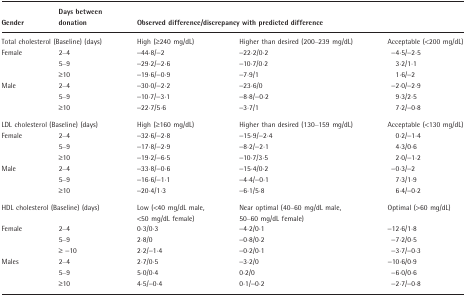
<table><thead><tr><td><b>Gender</b></td><td><b>Days between donation</b></td><td colspan="3"><b>Observed difference/discrepancy with predicted difference</b></td></tr></thead><tbody><tr><td colspan="2">Total cholesterol (Baseline) (days)</td><td>High (≥240 mg/dL)</td><td>Higher than desired (200–239 mg/dL)</td><td>Acceptable (&lt;200 mg/dL)</td></tr><tr><td>Female</td><td>2–4</td><td>−44·8/−2</td><td>−22·2/0·2</td><td>−4·5/−2·5</td></tr><tr><td>[EMPTY_CELL]</td><td>5–9</td><td>−29·2/−2·6</td><td>−10·7/0·2</td><td>3·2/1·1</td></tr><tr><td>[EMPTY_CELL]</td><td>≥10</td><td>−19·6/−0·9</td><td>−7·9/1</td><td>1·6/−2</td></tr><tr><td>Male</td><td>2–4</td><td>−30·0/−2·2</td><td>−23·6/0</td><td>−2·0/−2·9</td></tr><tr><td>[EMPTY_CELL]</td><td>5–9</td><td>−10·7/−3·1</td><td>−8·8/−0·2</td><td>9·3/2·5</td></tr><tr><td>[EMPTY_CELL]</td><td>≥10</td><td>−22·7/5·6</td><td>−3·7/1</td><td>7·2/−0·8</td></tr><tr><td colspan="2">LDL cholesterol (Baseline) (days)</td><td>High (≥160 mg/dL)</td><td>Higher than desired (130–159 mg/dL)</td><td>Acceptable (&lt;130 mg/dL)</td></tr><tr><td>Female</td><td>2–4</td><td>−32·6/−2·8</td><td>−15·9/−2·4</td><td>0·2/−1·4</td></tr><tr><td>[EMPTY_CELL]</td><td>5–9</td><td>−17·8/−2·9</td><td>−8·2/−2·1</td><td>4·3/0·6</td></tr><tr><td>[EMPTY_CELL]</td><td>≥10</td><td>−19·2/−6·5</td><td>−10·7/3·5</td><td>2·0/−1·2</td></tr><tr><td>Male</td><td>2–4</td><td>−33·8/−0·6</td><td>−15·4/0·2</td><td>−0·3/−2</td></tr><tr><td>[EMPTY_CELL]</td><td>5–9</td><td>−16·6/−1·1</td><td>−4·4/−0·1</td><td>7·3/1·9</td></tr><tr><td>[EMPTY_CELL]</td><td>≥10</td><td>−20·4/1·3</td><td>−6·1/5·8</td><td>6·4/−0·2</td></tr><tr><td colspan="2">HDL cholesterol (Baseline) (days)</td><td>Low (&lt;40 mg/dL male, &lt;50 mg/dL female)</td><td>Near optimal (40–60 mg/dL male, 50–60 mg/dL female)</td><td>Optimal (&gt;60 mg/dL)</td></tr><tr><td>Female</td><td>2–4</td><td>0·3/0·3</td><td>−4·2/0·1</td><td>−12·6/1·8</td></tr><tr><td>[EMPTY_CELL]</td><td>5–9</td><td>2·8/0</td><td>−0·8/0·2</td><td>−7·2/0·5</td></tr><tr><td>[EMPTY_CELL]</td><td>≥ −10</td><td>2·2/−1·4</td><td>−0·2/0·1</td><td>−3·7/−0·3</td></tr><tr><td>Males</td><td>2–4</td><td>2·7/0·5</td><td>−3·2/0</td><td>−10·6/0·9</td></tr><tr><td>[EMPTY_CELL]</td><td>5–9</td><td>5·0/0·4</td><td>0·2/0</td><td>−6·0/0·6</td></tr><tr><td>[EMPTY_CELL]</td><td>≥10</td><td>4·5/−0·4</td><td>0·1/−0·2</td><td>−2·7/−0·8</td></tr></tbody></table>